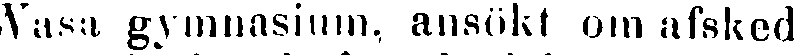
Wasa gymnasium, ansökt om afsked